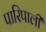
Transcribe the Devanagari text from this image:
पारिपाली